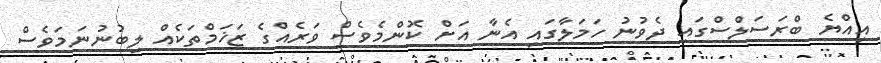
އިއްޔެ ބްރަސަލްސްގައި ދެވުނު ހަމަލާގައި އެނާ އަށް ކޮންމެވެސް ވަރެއްގެ ޒަޚަމްތަކެއް ލިބުނުނަމަވެސް